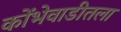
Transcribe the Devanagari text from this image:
कोंभेवाडीतला